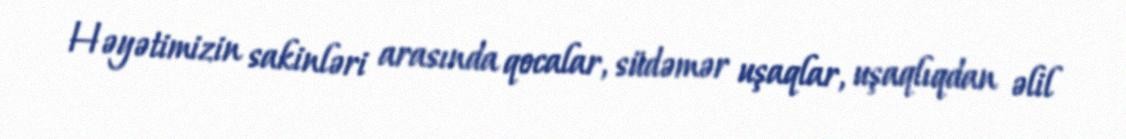
Həyətimizin sakinləri arasında qocalar, südəmər uşaqlar, uşaqlıqdan əlil